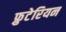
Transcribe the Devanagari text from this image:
फ्रुटेरियन